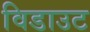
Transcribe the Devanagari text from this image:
विडाउट